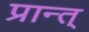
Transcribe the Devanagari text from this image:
प्रान्त्